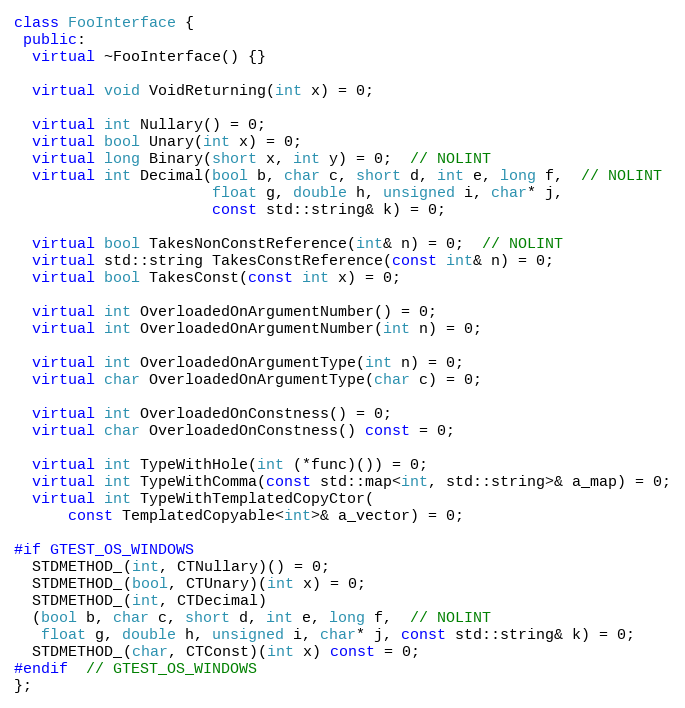
Language: C++
class FooInterface {
 public:
  virtual ~FooInterface() {}

  virtual void VoidReturning(int x) = 0;

  virtual int Nullary() = 0;
  virtual bool Unary(int x) = 0;
  virtual long Binary(short x, int y) = 0;  // NOLINT
  virtual int Decimal(bool b, char c, short d, int e, long f,  // NOLINT
                      float g, double h, unsigned i, char* j,
                      const std::string& k) = 0;

  virtual bool TakesNonConstReference(int& n) = 0;  // NOLINT
  virtual std::string TakesConstReference(const int& n) = 0;
  virtual bool TakesConst(const int x) = 0;

  virtual int OverloadedOnArgumentNumber() = 0;
  virtual int OverloadedOnArgumentNumber(int n) = 0;

  virtual int OverloadedOnArgumentType(int n) = 0;
  virtual char OverloadedOnArgumentType(char c) = 0;

  virtual int OverloadedOnConstness() = 0;
  virtual char OverloadedOnConstness() const = 0;

  virtual int TypeWithHole(int (*func)()) = 0;
  virtual int TypeWithComma(const std::map<int, std::string>& a_map) = 0;
  virtual int TypeWithTemplatedCopyCtor(
      const TemplatedCopyable<int>& a_vector) = 0;

#if GTEST_OS_WINDOWS
  STDMETHOD_(int, CTNullary)() = 0;
  STDMETHOD_(bool, CTUnary)(int x) = 0;
  STDMETHOD_(int, CTDecimal)
  (bool b, char c, short d, int e, long f,  // NOLINT
   float g, double h, unsigned i, char* j, const std::string& k) = 0;
  STDMETHOD_(char, CTConst)(int x) const = 0;
#endif  // GTEST_OS_WINDOWS
};